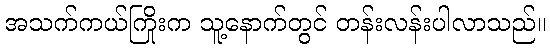
အသက်ကယ်ကြိုးက သူ့နောက်တွင် တန်းလန်းပါလာသည်။